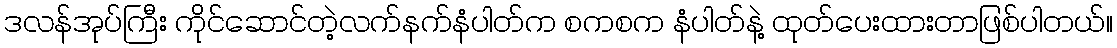
ဒလန်အုပ်ကြီး ကိုင်ဆောင်တဲ့လက်နက်နံပါတ်က စကစက နံပါတ်နဲ့ ထုတ်ပေးထားတာဖြစ်ပါတယ်။